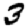
Digit: 3